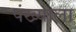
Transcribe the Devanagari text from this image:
पंख्याला